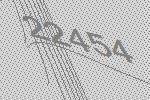
22454